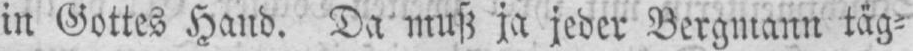
in Gottes Hand. Da muß ja jeder Bergmann täg⸗